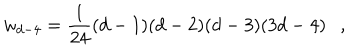
LaTeX: w _ { d - 4 } = { \frac { 1 } { 2 4 } } ( d - 1 ) ( d - 2 ) ( d - 3 ) ( 3 d - 4 ) ,